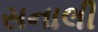
સનાલી